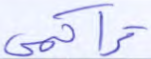
تراكمي